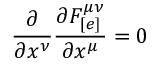
\frac { \partial } { \partial x ^ { \nu } } \frac { \partial F _ { [ e ] } ^ { \mu \nu } } { \partial x ^ { \mu } } = 0